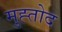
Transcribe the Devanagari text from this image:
मुह्तोद